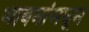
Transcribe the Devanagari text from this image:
भावनांमधून